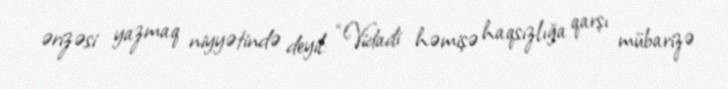
ərizəsi yazmaq niyyətində deyil: “Vidadi həmişə haqsızlığa qarşı mübarizə